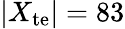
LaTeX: \vert X_{\mathrm{te}}\vert=83